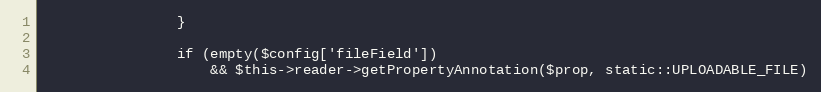
Language: PHP
                }

                if (empty($config['fileField'])
                    && $this->reader->getPropertyAnnotation($prop, static::UPLOADABLE_FILE)